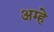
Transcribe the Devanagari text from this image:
अम्हे